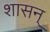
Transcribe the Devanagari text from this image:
शासन्